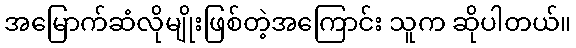
အမြောက်ဆံလိုမျိုးဖြစ်တဲ့အကြောင်း သူက ဆိုပါတယ်။